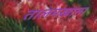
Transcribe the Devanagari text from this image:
तालमखाना